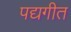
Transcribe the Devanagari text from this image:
पद्यगीत